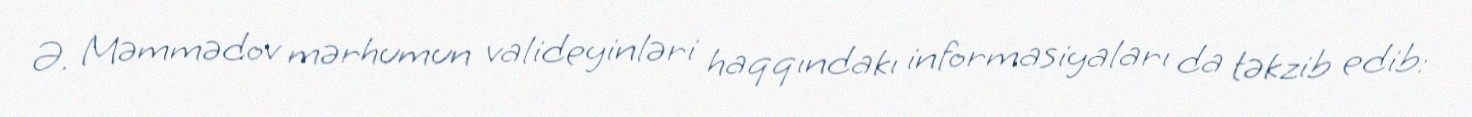
Ə. Məmmədov mərhumun valideyinləri haqqındakı informasiyaları da təkzib edib: